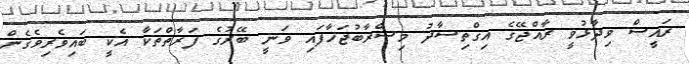
ރައީސް ވިދާޅުވީ ރާއްޖޭގެ އިގްތިސާދު މިސްރާބުޖަހާފައި ވަނީ ބޭރުގެ ފަރާތްތަކާ އެކީ ބައިވެރިވެގެން